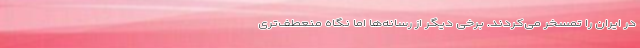
در ایران را تمسخر می‌کردند. برخی دیگر از رسانه‌‌ها اما نگاه منعطف‌تری